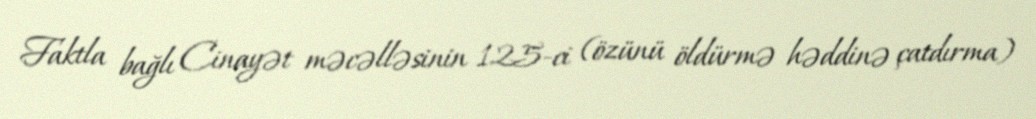
Faktla bağlı Cinayət məcəlləsinin 125-ci (özünü öldürmə həddinə çatdırma)